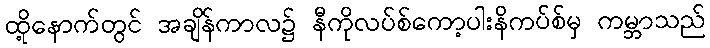
ထို့နောက်တွင် အချိန်ကာလ၌ နီကိုလပ်စ်ကော့ပါးနိကပ်စ်မှ ကမ္ဘာသည်